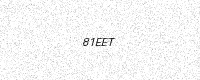
Text: 81EET